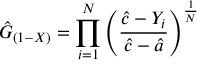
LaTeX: { \hat { G } } _ { ( 1 - X ) } = \prod _ { i = 1 } ^ { N } \left( { \frac { { \hat { c } } - Y _ { i } } { { \hat { c } } - { \hat { a } } } } \right) ^ { \frac { 1 } { N } }